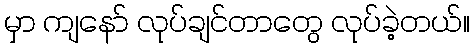
မှာ ကျနော် လုပ်ချင်တာတွေ လုပ်ခဲ့တယ်။